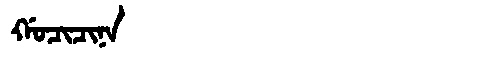
Manchu: ᡤᠣᠴᡳᠴᡳᠨᠠ
Romanization: GOCICINA